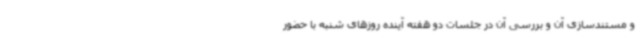
و مستندسازی آن و بررسی آن در جلسات دو هفته آینده روزهای شنبه با حضور